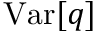
\mathrm { V a r } [ q ]